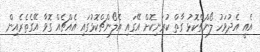
އެއީ އެދުވަހު ލޯންޗްކޮޅު ގާތް ކުރަނިކޮށް އޭގައި އެލޯންޗްކޮޅުގައި އެއްޗެއް ގޮވާ އޭގެތެރެއިން